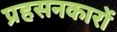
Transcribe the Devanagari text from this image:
प्रहसनकारों